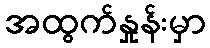
အထွက်နှုန်းမှာ